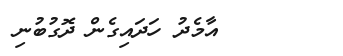
އާމެދު ހަދައިގެން ދޮގުބުނި